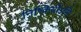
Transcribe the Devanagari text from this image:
निष्क्रियोऽसि